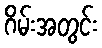
ဂိမ်းအတွင်း